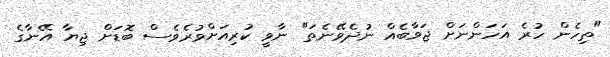
"ތިހެން ހުރެ އަހަންނަށް ޖަވާބެއް ނުދެވޭނެތަ" ނާވީ ކުރިއަށްވުރެވެސް ބޮޑަށް ޖިޔާ އޭނާގެ